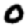
Digit: 0